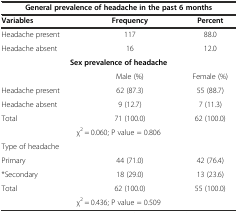
<table><thead><tr><td colspan="3"><b>General prevalence of headache in the past 6 months</b></td></tr><tr><td><b>Variables</b></td><td><b>Frequency</b></td><td><b>Percent</b></td></tr></thead><tbody><tr><td>Headache present</td><td>117</td><td>88.0</td></tr><tr><td>Headache absent</td><td>16</td><td>12.0</td></tr><tr><td colspan="3"><b>Sex prevalence of headache</b></td></tr><tr><td>[EMPTY_CELL]</td><td>Male (%)</td><td>Female (%)</td></tr><tr><td>Headache present</td><td>62 (87.3)</td><td>55 (88.7)</td></tr><tr><td>Headache absent</td><td>9 (12.7)</td><td>7 (11.3)</td></tr><tr><td>Total</td><td>71 (100.0)</td><td>62 (100.0)</td></tr><tr><td colspan="3">χ<sup>2</sup> = 0.060; P value = 0.806</td></tr><tr><td>Type of headache</td><td>[EMPTY_CELL]</td><td>[EMPTY_CELL]</td></tr><tr><td>Primary</td><td>44 (71.0)</td><td>42 (76.4)</td></tr><tr><td>*Secondary</td><td>18 (29.0)</td><td>13 (23.6)</td></tr><tr><td>Total</td><td>62 (100.0)</td><td>55 (100.0)</td></tr><tr><td colspan="3">χ<sup>2</sup> = 0.436; P value = 0.509</td></tr></tbody></table>